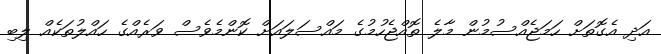
އަދި އެގޮތަށް ހަމަޖެއްސުމުން މާލެ ތޮއްޖެހުމުގެ މައްސަލައަށް ކޮންމެވެސް ވަރެއްގެ ހައްލުތަކެއް ލިބި